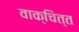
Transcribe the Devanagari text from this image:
वाक्चित्त